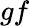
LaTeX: gf